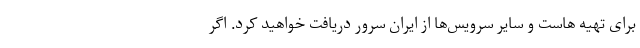
برای تهیه هاست و سایر سرویس‌ها از ایران سرور دریافت خواهید کرد. اگر